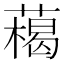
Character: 𦼰